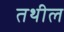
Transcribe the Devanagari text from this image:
तथील